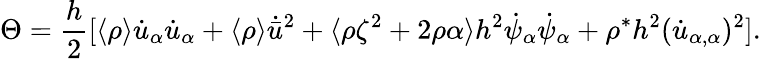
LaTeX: \Theta=\frac{h}{2}[\langle\rho\rangle\dot{u}_{\alpha}\dot{u}_{\alpha}+\langle\rho\rangle\dot{\bar{u}}^{2}+\langle\rho\zeta^{2}+2\rho\alpha\rangle h^{2}\dot{\psi}_{\alpha}\dot{\psi}_{\alpha}+\rho^{*}h^{2}(\dot{u}_{\alpha,\alpha})^{2}].